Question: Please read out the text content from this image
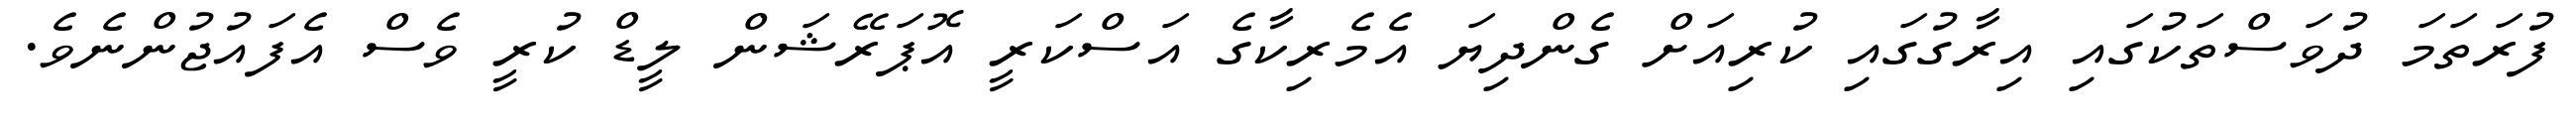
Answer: ފުރަތަމަ ދުވަސްތަކުގައި އިރާގުގައި ކުރިއަށް ގެންދިޔަ އެމެރިކާގެ އަސްކަރީ އޮޕަރޭޝަން ލީޑް ކުރީ ވެސް އެފައުޖުންނެވެ.